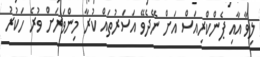
ލިވާ އާއި ޕެންކްރިއަސް އަށް ނޭދެވޭ އަސަރުތައް ކުރާ މިންވަރަށްް ވުރެ ހަކުރު